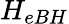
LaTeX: H_{eBH}